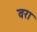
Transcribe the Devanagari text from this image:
वरा